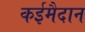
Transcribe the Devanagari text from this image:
कईमैदान